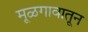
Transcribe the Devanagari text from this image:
मूळगावातून